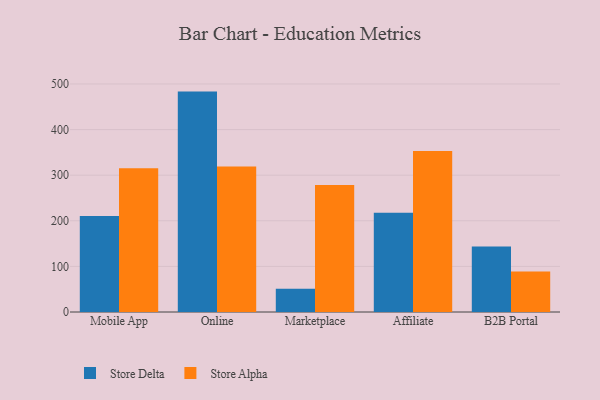
{"axis": {"x": "Channel", "y": "Latency (ms)"}, "legend": ["Store Alpha", "Store Delta"], "data": [{"x": "Mobile App", "y": 210.5, "type": "Store Delta"}, {"x": "Mobile App", "y": 315.4, "type": "Store Alpha"}, {"x": "Online", "y": 483.3, "type": "Store Delta"}, {"x": "Online", "y": 319.1, "type": "Store Alpha"}, {"x": "Marketplace", "y": 51.1, "type": "Store Delta"}, {"x": "Marketplace", "y": 278.4, "type": "Store Alpha"}, {"x": "Affiliate", "y": 217.4, "type": "Store Delta"}, {"x": "Affiliate", "y": 353.2, "type": "Store Alpha"}, {"x": "B2B Portal", "y": 143.8, "type": "Store Delta"}, {"x": "B2B Portal", "y": 88.7, "type": "Store Alpha"}]}